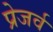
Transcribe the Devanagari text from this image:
प्रेजर्व